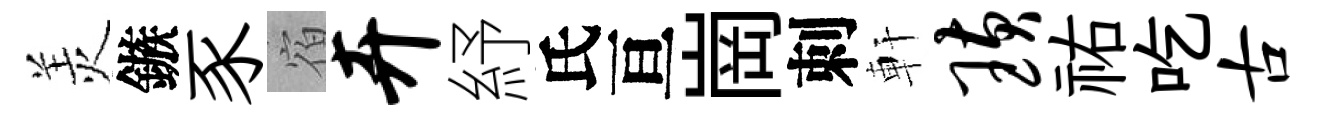
羙鏃豕宿卉紓氏亘崗刺軒璜祐吃古